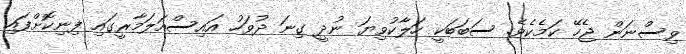
ވިސްނަން ޖެހޭ ކަމެކެވެ. ސަބަބަކީ ހަލާކުވިޔަ ނުދީ ގިނަ ދުވަހު އައިސްއަލަމާރީގައި ފިނިކޮށްފައި